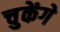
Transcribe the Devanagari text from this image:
चुकेंगे